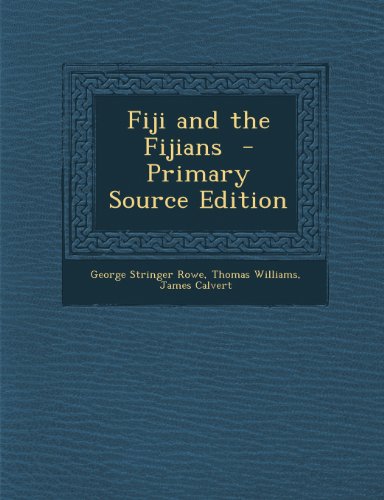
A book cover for Fiji and the Fijians - Primary Source Edition; George Stringer Rowe; History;